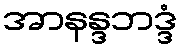
အာနန္ဒဘဒ္ဒံ